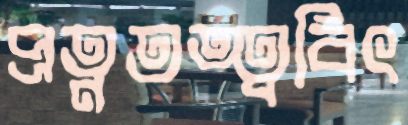
প্রত্নতত্ত্ববিৎ